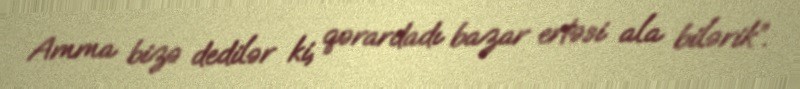
Amma bizə dedilər ki, qərardadı bazar ertəsi ala bilərik”.